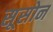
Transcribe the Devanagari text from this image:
सूसोन